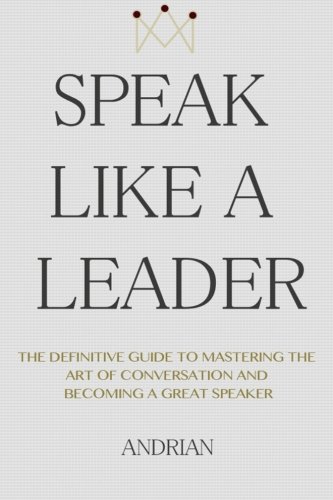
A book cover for Speak Like a Leader: The Definitve Guide to Mastering the Art of Conversation and Becoming a Great Speaker; Andrian; Self-Help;